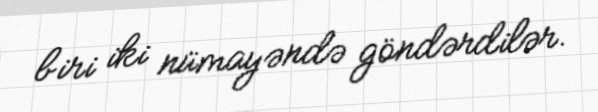
biri iki nümayəndə göndərdilər.